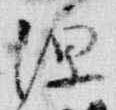
源